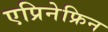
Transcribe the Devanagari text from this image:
एप्रिनेफ्रिन